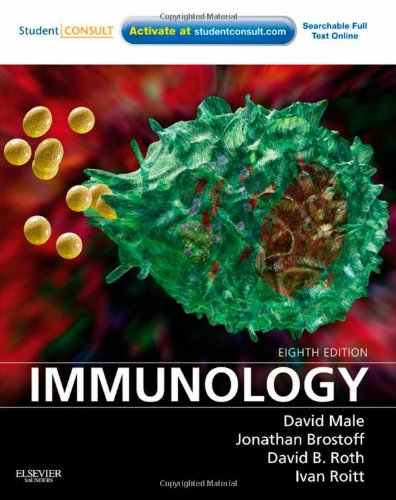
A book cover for Immunology: With STUDENT CONSULT Online Access, 8e (Immunology (Roitt)); David Male MA  PhD; Medical Books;